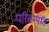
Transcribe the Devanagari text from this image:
परिसम्पति